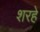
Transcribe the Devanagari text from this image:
शरहे